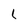
Character: l